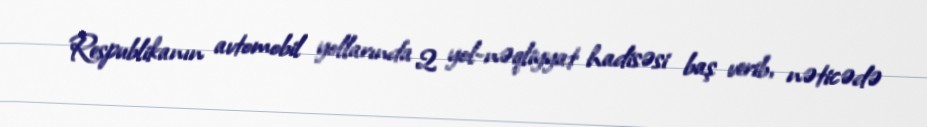
Respublikanın avtomobil yollarında 2 yol-nəqliyyat hadisəsi baş verib, nəticədə